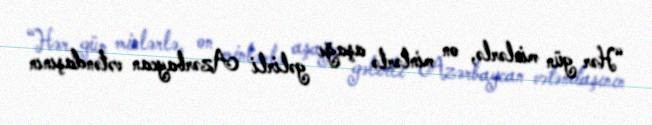
“Hər gün minlərlə, on minlərlə aşağı gəlirli Azərbaycan vətəndaşının